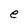
Character: e